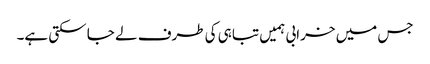
جس میں خرابی ہمیں تباہی کی طرف لے جا سکتی ہے۔